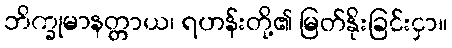
ဘိက္ခုမာနတ္တာယ၊ ရဟန်းတို့၏ မြတ်နိုးခြင်းငှာ။